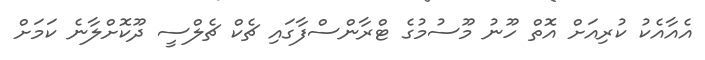
އެއާއެކު ކުރިއަށް އޮތް ހޫނު މޫސުމުގެ ޓްރާންސްފާގައި ޗެކް ޗެލްސީ ދޫކޮށްލާނެ ކަމަށް